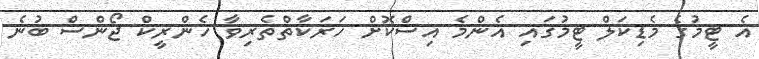
އެ ޓީމުގެ މެޑިކަލް ޓީމުގައި އެންމެ އިސްކޮށް ހަރަކާތްތެރިވާ ހެންރީކް ޖޯންސް ބުނެ